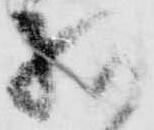
様